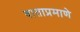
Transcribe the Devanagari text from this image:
वाताप्रमाणे